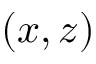
( x , z )